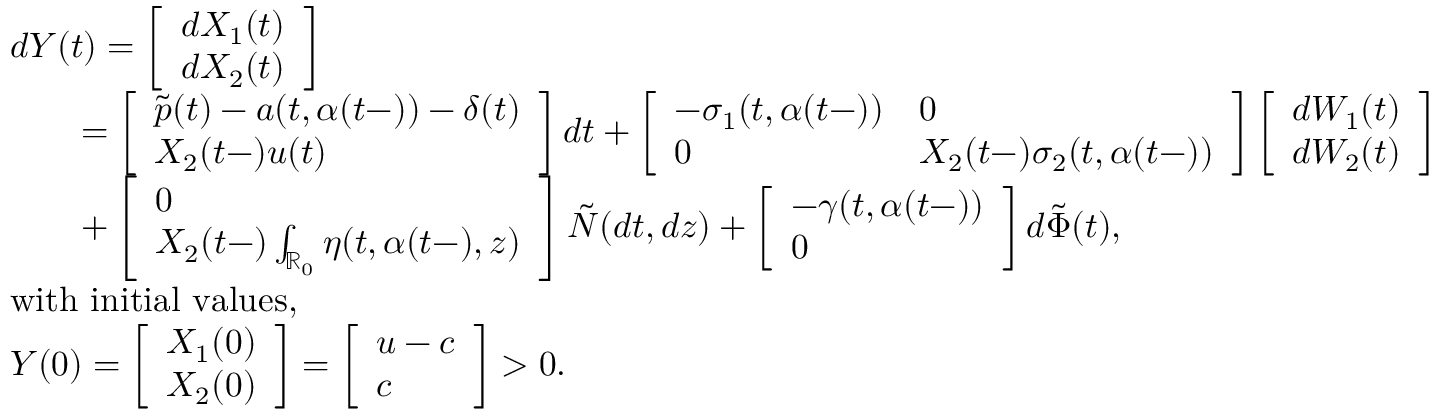
\begin{array} { r l } & { d Y ( t ) = \left[ \begin{array} { l } { d X _ { 1 } ( t ) } \\ { d X _ { 2 } ( t ) } \end{array} \right] } \\ & { \qquad = \left[ \begin{array} { l } { \tilde { p } ( t ) - a ( t , \alpha ( t - ) ) - \delta ( t ) } \\ { X _ { 2 } ( t - ) u ( t ) } \end{array} \right] d t + \left[ \begin{array} { l l } { - \sigma _ { 1 } ( t , \alpha ( t - ) ) } & { 0 } \\ { 0 } & { X _ { 2 } ( t - ) \sigma _ { 2 } ( t , \alpha ( t - ) ) } \end{array} \right] \left[ \begin{array} { l } { d W _ { 1 } ( t ) } \\ { d W _ { 2 } ( t ) } \end{array} \right] } \\ & { \qquad + \left[ \begin{array} { l } { 0 } \\ { X _ { 2 } ( t - ) \int _ { \mathbb { R } _ { 0 } } \eta ( t , \alpha ( t - ) , z ) } \end{array} \right] \tilde { N } ( d t , d z ) + \left[ \begin{array} { l } { - \gamma ( t , \alpha ( t - ) ) } \\ { 0 } \end{array} \right] d \tilde { \Phi } ( t ) , } \\ & { \mathrm { w i t h ~ i n i t i a l ~ v a l u e s , } } \\ & { Y ( 0 ) = \left[ \begin{array} { l } { X _ { 1 } ( 0 ) } \\ { X _ { 2 } ( 0 ) } \end{array} \right] = \left[ \begin{array} { l } { u - c } \\ { c } \end{array} \right] > 0 . } \end{array}